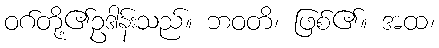
ဝဂ်တို့၏ဥဒါန်းသည်။ ဘဝတိ၊ ဖြစ်၏။ အထ၊